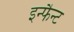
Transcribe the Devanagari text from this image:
इन्फैन्ट